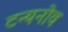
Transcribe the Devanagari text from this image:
टन्यनोव